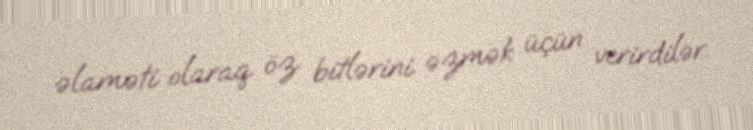
əlaməti olaraq öz bitlərini əzmək üçün verirdilər.